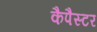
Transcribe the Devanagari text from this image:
कैपैस्टर